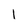
Character: 1